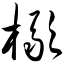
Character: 橄